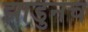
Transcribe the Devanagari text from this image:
झाडुनच